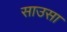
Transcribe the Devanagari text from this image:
साउसा